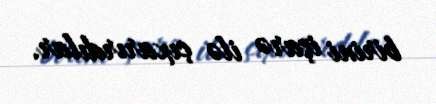
birini işarə ilə çıxarırdılar.